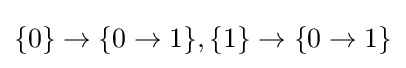
\{0\}\to \{0\to 1\},\{1\}\to \{0\to 1\}